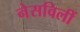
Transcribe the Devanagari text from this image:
नेसविलीं